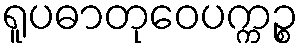
ရူပဓာတုဝေပက္ကဉ္စ